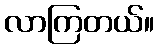
လာကြတယ်။